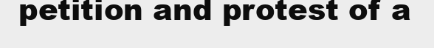
petition and protest of a